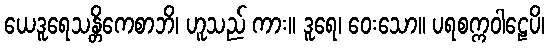
ယေဒူရေသန္တိကေစာဘိ၊ ဟူသည် ကား။ ဒူရေ၊ ဝေးသော။ ပရစက္ကဝါဠေပိ၊